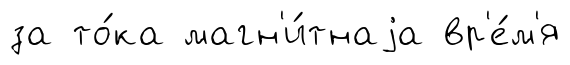
за то́ка магн'и́тнаjа вр'е́м'я